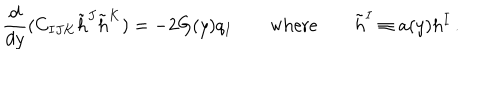
{ \frac { d } { d y } } ( C _ { I J K } \tilde { h } ^ { J } \tilde { h } ^ { K } ) = - 2 G ( y ) q _ { I } \qquad \mathrm { w h e r e } \qquad \tilde { h } ^ { I } \equiv a ( y ) h ^ { I } \, .